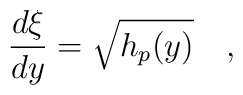
{\frac{d\xi}{dy}} = \sqrt{h_p(y)} \quad ,